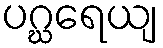
ပဂ္ဃရေယျ